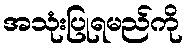
အသုံးပြုရမည်ကို